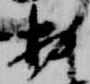
於